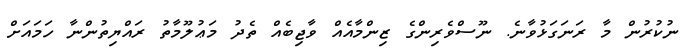
ނުކުރުން މާ ރަނަގަޅުވާނެ. ނޫސްވެރިންގެ ޒިންމާއެއް ވާޖިބެއް ތެދު މަޢުލޫމާތު ރައްޔިތުންނާ ހަމައަށް